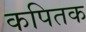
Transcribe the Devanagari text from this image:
कपितक